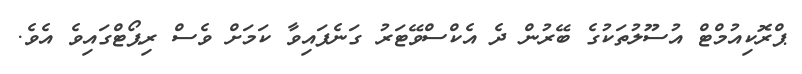
ޕްރޮކިއުމްޓް އުސޫލުތަކުގެ ބޭރުން ދެ އެކްސްވޭޓަރު ގަނެފައިވާ ކަމަށް ވެސް ރިޕޯޓްގައިވެ އެވެ.